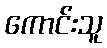
ကောင်းသူ